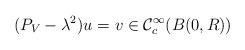
LaTeX: \begin{align*} (P_V-\lambda^2)u = v\in\mathcal{C}_c^{\infty}(B(0,R))\end{align*}